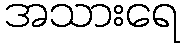
အသားရေ